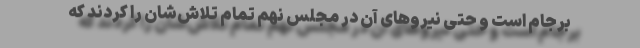
برجام است و حتی نیروهای آن در مجلس نهم تمام تلاش‌شان را کردند که